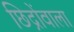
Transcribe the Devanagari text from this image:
छिद्रोंवाला